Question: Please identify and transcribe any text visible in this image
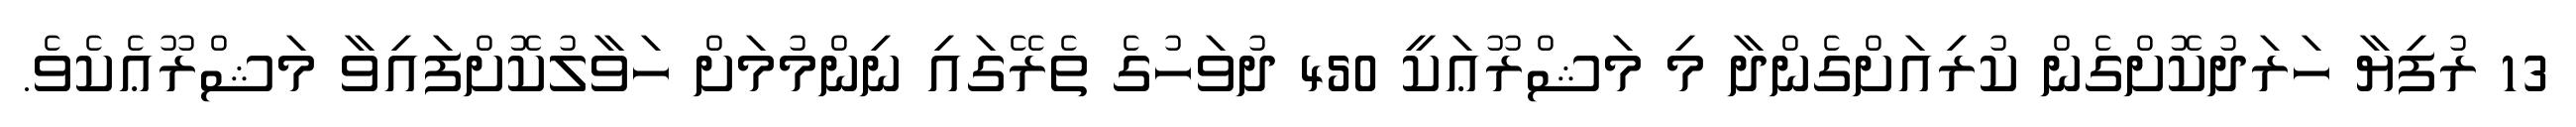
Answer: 13 ރުފިޔާ ހަރަދުކޮށްގެން ކުރިއަށްގެންދާ މި މަޝްރޫޢަކީ 450 ދުވަހުގެ ތެރޭގައި ނިންމުމަށް ހަވާލުކޮށްފައިވާ މަޝްރޫޢެކެވެ.